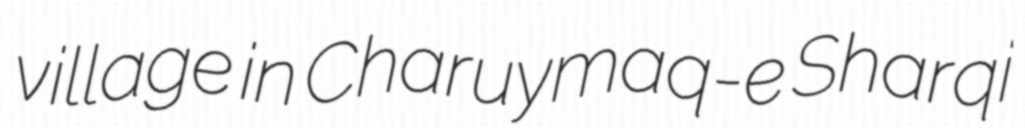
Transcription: village in Charuymaq-e Sharqi